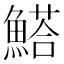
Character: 𩺗